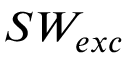
S W _ { e x c }